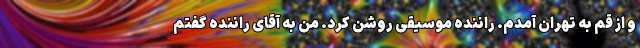
و از قم به تهران آمدم. راننده موسیقی روشن کرد. من به آقای راننده گفتم